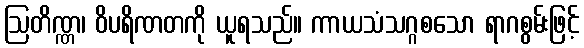
ဩတိဏ္ဏ၊ ဝိပရိဏတကို ယူရသည်။ ကာယသံသဂ္ဂစသော ရာဂစွမ်းဖြင့်